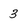
Character: 3